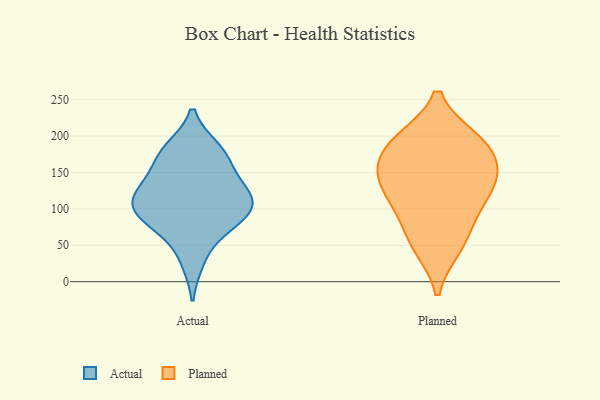
{"axis": {"x": "Conversion Rate (%)", "y": "Value"}, "legend": ["Actual", "Planned"], "data": [{"x": "", "y": 28, "type": "Actual"}, {"x": "", "y": 170, "type": "Actual"}, {"x": "", "y": 104, "type": "Actual"}, {"x": "", "y": 71, "type": "Actual"}, {"x": "", "y": 183, "type": "Actual"}, {"x": "", "y": 102, "type": "Actual"}, {"x": "", "y": 92, "type": "Actual"}, {"x": "", "y": 128, "type": "Actual"}, {"x": "", "y": 150, "type": "Actual"}, {"x": "", "y": 133, "type": "Actual"}, {"x": "", "y": 111, "type": "Actual"}, {"x": "", "y": 182, "type": "Actual"}, {"x": "", "y": 76, "type": "Actual"}, {"x": "", "y": 109, "type": "Actual"}, {"x": "", "y": 117, "type": "Planned"}, {"x": "", "y": 54, "type": "Planned"}, {"x": "", "y": 194, "type": "Planned"}, {"x": "", "y": 112, "type": "Planned"}, {"x": "", "y": 144, "type": "Planned"}, {"x": "", "y": 168, "type": "Planned"}, {"x": "", "y": 195, "type": "Planned"}, {"x": "", "y": 48, "type": "Planned"}, {"x": "", "y": 149, "type": "Planned"}, {"x": "", "y": 146, "type": "Planned"}, {"x": "", "y": 193, "type": "Planned"}, {"x": "", "y": 89, "type": "Planned"}]}